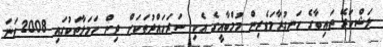
ލަޝްކަރޭ ތައިބާގެ ހަނގުރާމަވެރިން މުމްބާއީގެ އެކި ސަރަހައްދުތަކަށް ދިން ހަމަލާތަކުގައި 2008 ވަނަ